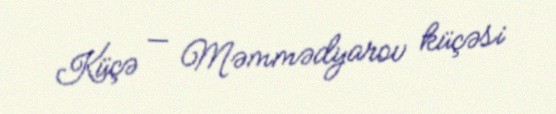
Küçə — Məmmədyarov küçəsi